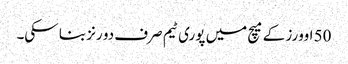
50 اوورز کے میچ میں پوری ٹیم صرف دو رنز بنا سکی۔